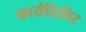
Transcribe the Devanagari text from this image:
कार्यशिविर